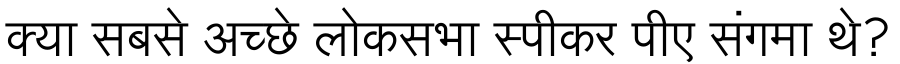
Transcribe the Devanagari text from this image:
क्या सबसे अच्छे लोकसभा स्पीकर पीए संगमा थे?